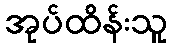
အုပ်ထိန်းသူ